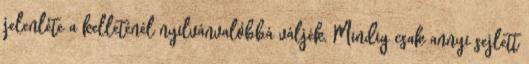
jelenléte a kelleténél nyilvánvalóbbá váljék. Mindig csak annyi sejlett